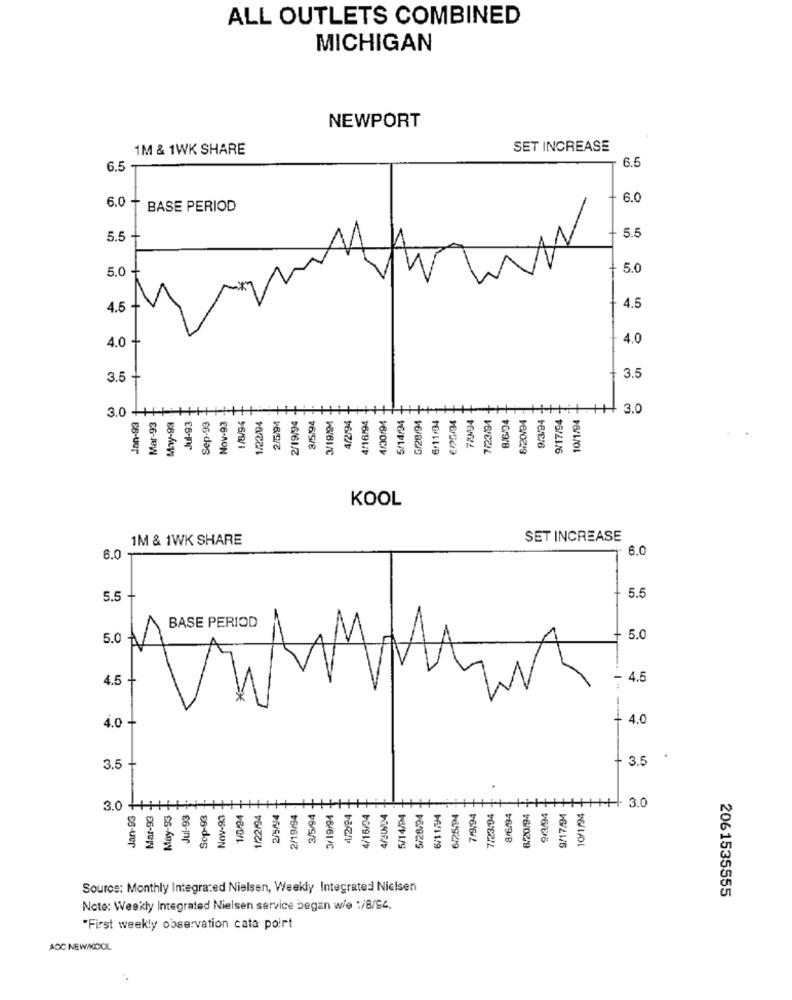
ALL OUTLETS COMBINED
MICHIGAN
NEWPORT
1M & 1WK SHARE
SET INCREASE
6.5
6.5 -
0
6.0
6.0
BASE PERIOD
5.
5.5
5.0
5.0
4.5
4.5
4.0
4.0-
1
3.5
3.5
3.0-
Mar-93
1/8/94
1/22/04
2/5/94
2/19/94
4/2/94
4/16/94
4/30/94
5/14/24
G/28/94
6/11/94
72094
7/23/94
8/6/24
8/20/94
9/3/24
9/17/94
10/1/94
+ 3.0
Jan-93
May-93
Jul-93
Sep-93
Nov-93
3/5/94
3/19/94
€125/94
KOOL
1M & 1WK SHARE
SET INCREASE
0
6.0
in
in
BASE PERIOD
0
5.0
+ 5.0
in
- 4.5
- 4.0
4.0
3.5
3.5
.
Jan-93 -
Mar-93 -
May-93
Nov-93
1/0/94 -
1/22/94
3/19/94
4/2/94
6/25.94
10/1/94
+H 3.0
3.0 ++
Jul-93
Scp-93
2/5/4
2/19/94
3/5/94
4/16/04
4/30/24
5/14/94
5/28/24
6/11/94
7/9/94
7/23.94
8/6/94
6/20/94
9/3/94
9/17/94
Source: Monthly Integrared Nielsen, Weekly Integrated Nielsen
2061535555
Note: Weekly Integrated Nielsen service began wie 1/8/94.
First weekly observation cata poirt
ADC NEW/KDOL